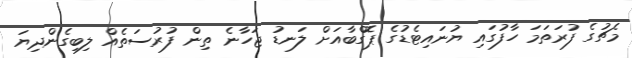
މެޗުގެ ފުރަތަމަ ހާފުގައި ޔުނައިޓެޑުގެ ޕޮގްބާއަށް ލަނޑު ޖަހާނެ ތިން ފުރުސަތެއް ލިބިގެންދިޔަ